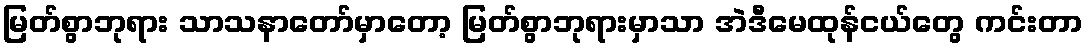
မြတ်စွာဘုရား သာသနာတော်မှာတော့ မြတ်စွာဘုရားမှာသာ အဲဒီမေထုန်ငယ်တွေ ကင်းတာ